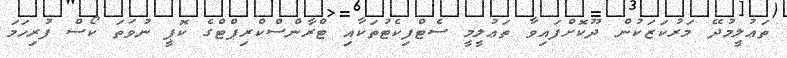
ތަޢުލީމުދޭ މަރުކަޒަކުން ދޫކޮށްފައިވާ ތަޢުލީމީ ސެޓްފިކެޓުތަކާއި ޓްރާންސްކްރިޕްޓްގެ ކޮޕީ ނުވަތަ ކޯސް ފުރިހަމަ